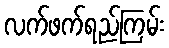
လက်ဖက်ရည်ကြမ်း